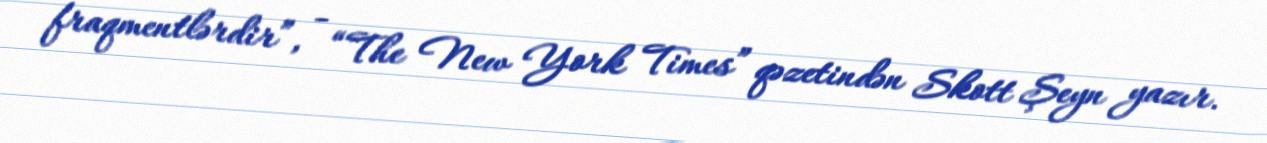
fraqmentlərdir”, - “The New York Times” qəzetindən Skott Şeyn yazır.